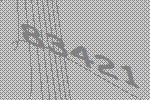
83421